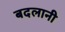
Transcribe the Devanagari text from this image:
बदलानी